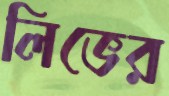
লিভের